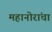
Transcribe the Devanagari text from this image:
महानोरांचा